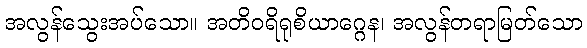
အလွန်သွေးအပ်သော။ အတိဝရိရုစိယာဂ္ဂေန၊ အလွန်တရာမြတ်သော